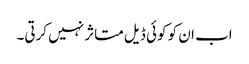
اب ان کو کوئی ڈیل متاثر نہیں کرتی۔